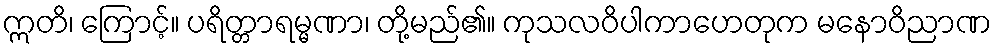
ဣတိ၊ ကြောင့်။ ပရိတ္တာရမ္မဏာ၊ တို့မည်၏။ ကုသလဝိပါကာဟေတုက မနောဝိညာဏ